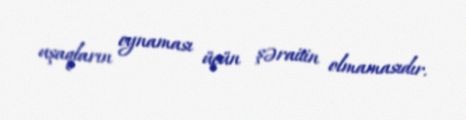
uşaqların oynaması üçün şəraitin olmamasıdır.